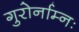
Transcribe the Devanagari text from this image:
गुरोर्नाम्नः